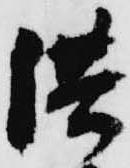
供